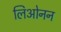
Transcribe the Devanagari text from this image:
लिओनन